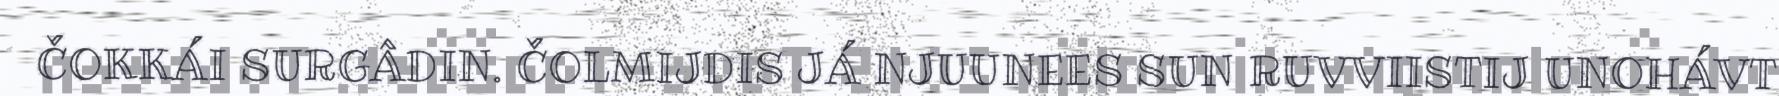
ČOKKÁI SURGÂDIN. ČOLMIJDIS JÁ NJUUNEES SUN RUVVIISTIJ UNOHÁVT